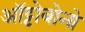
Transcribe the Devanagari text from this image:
ऑट्टोबोनो